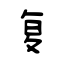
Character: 复